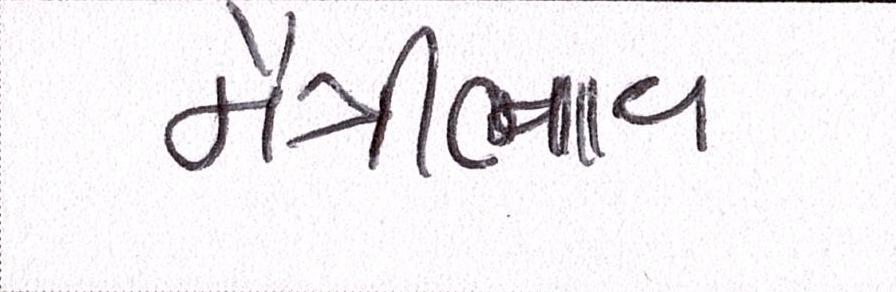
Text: મૈત્રીભાવ